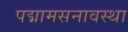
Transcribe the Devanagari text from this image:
पद्मामसनावस्था